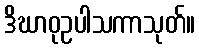
ဒိဃာဝုဥပါသကာသုတ်။